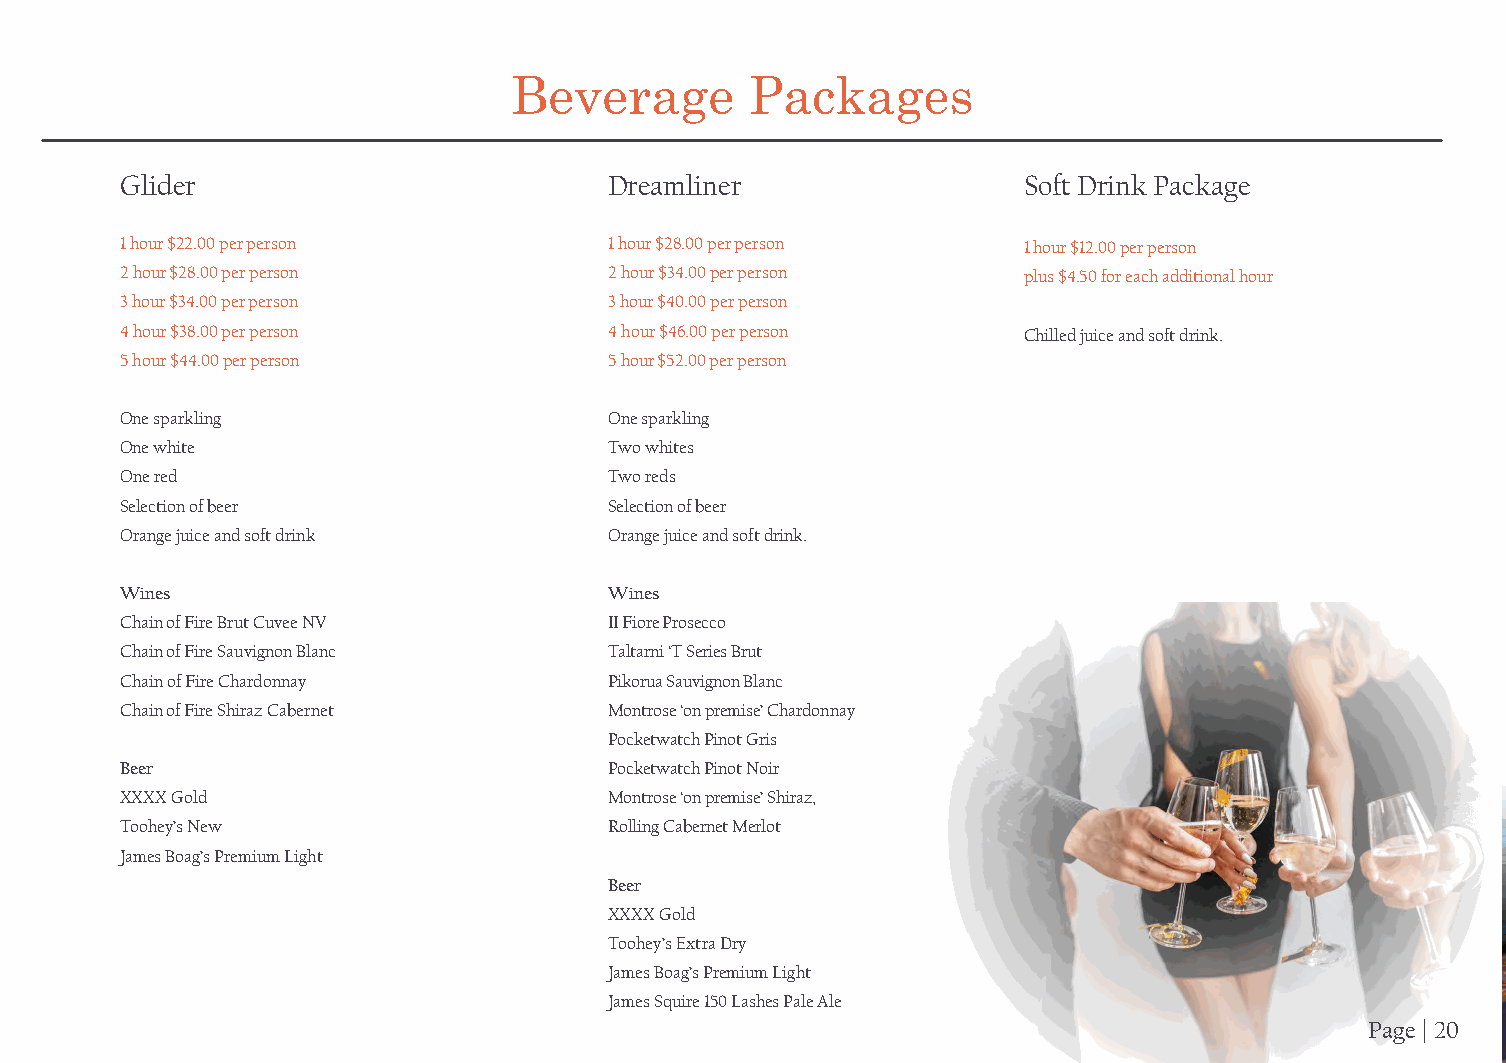
Beverage        Packages                                                           Spoilt    of  Choice     - Accommodation              Options
 Glider                          Dreamliner                  Soft Drink Package
 1 hour $22.00 per person        1 hour $28.00 per person    1 hour $12.00 per person
 2 hour $28.00 per person        2 hour $34.00 per person    plus $4.50 for each additional hour
 3 hour $34.00 per person        3 hour $40.00 per person
 4 hour $38.00 per person        4 hour $46.00 per person    Chilled juice and soft drink.
 5 hour $44.00 per person        5 hour $52.00 per person
 One sparkling                   One sparkling
 One white                       Two whites
 One red                         Two reds
 Selection of beer               Selection of beer
 Orange juice and soft drink     Orange juice and soft drink.
 Wines                           Wines
 Chain of Fire Brut Cuvee NV     II Fiore Prosecco
 Chain of Fire Sauvignon Blanc   Taltarni ‘T Series Brut
 Chain of Fire Chardonnay        Pikorua Sauvignon Blanc
 Chain of Fire Shiraz Cabernet   Montrose ‘on premise’ Chardonnay
 Pocketwatch Pinot Gris
 Beer                            Pocketwatch Pinot Noir
 XXXX Gold                       Montrose ‘on premise’ Shiraz,
 Toohey’s New                    Rolling Cabernet Merlot
 James Boag’s Premium Light
 Beer
 XXXX Gold
 Toohey’s Extra Dry
 James Boag’s Premium Light
 James Squire 150 Lashes Pale Ale
 Page | 20